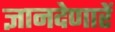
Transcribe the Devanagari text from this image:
ज्ञानदेणारें